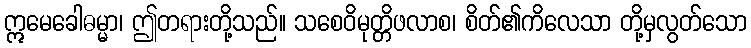
ဣမေခေါဓမ္မာ၊ ဤတရားတို့သည်။ သစေဝိမုတ္တိဖလာစ၊ စိတ်၏ကိလေသာ တို့မှလွတ်သော